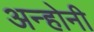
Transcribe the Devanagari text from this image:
अन्होनी